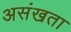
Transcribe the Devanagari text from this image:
असंखता